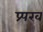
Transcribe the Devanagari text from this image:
प्र्पख